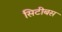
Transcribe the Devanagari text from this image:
सिटीबस